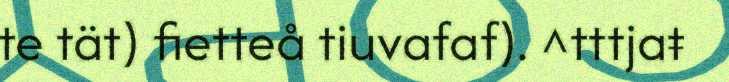
te tät) fietteå tiuvafaf). ^tttjaŧ